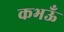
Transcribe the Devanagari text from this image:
कभऊँ